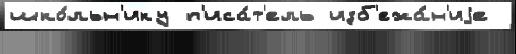
шко́льн'ику п'иса́т'ель изб'ежа́н'иjе